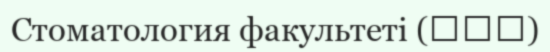
Стоматология факультеті (歯学部)